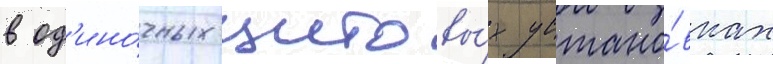
в од'ино́чных щитовы́х устано́вках